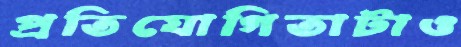
প্রতিযোগিতাটাও